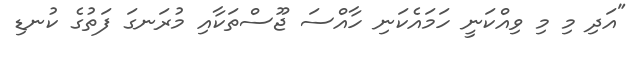
"އަދި މި މި ވިއްކަނީ ހަމައެކަނި ހާއްސަ ޖޫސްތަކާއި މުރަނގަ ފަތުގެ ކުނޑި